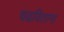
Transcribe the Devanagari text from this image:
चढविताना